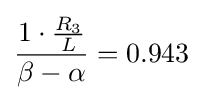
{\frac {1\cdot {\frac {R_{3}}{L}}}{\beta -\alpha }}=0.943